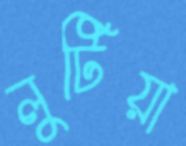
লুটিয়া